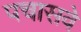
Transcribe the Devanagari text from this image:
पचासवे